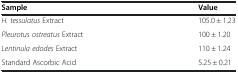
| Sample | Value |
 | --- | --- |
 | H. tessulatus Extract | 105.0 ± 1.23 |
 | Pleurotus ostreatus Extract | 100 ± 1.20 |
 | Lentinula edodes Extract | 110 ± 1.24 |
 | Standard Ascorbic Acid | 5.25 ± 0.21 |